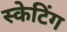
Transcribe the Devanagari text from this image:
स्‍केटिंग